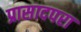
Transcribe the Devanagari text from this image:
प्रासादपरा